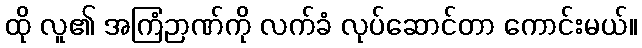
ထို လူ၏ အကြံဉာဏ်ကို လက်ခံ လုပ်ဆောင်တာ ကောင်းမယ်။